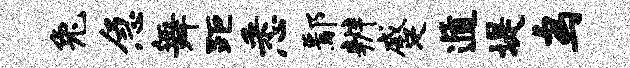
兔急舞距悉鄢辨蹙遁堤鸟